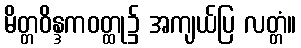
မိတ္တဝိန္ဒကဝတ္ထု၌ အကျယ်ပြ လတ္တံ။